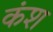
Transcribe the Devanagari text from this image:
कंश